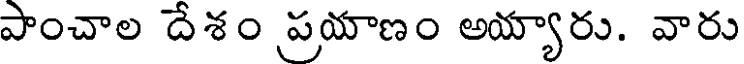
పాంచాల దేశం ప్రయాణం అయ్యారు. వారు